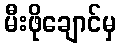
မီးဖိုချောင်မှ